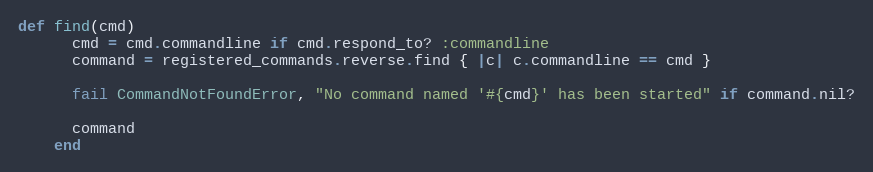
Language: Ruby
def find(cmd)
      cmd = cmd.commandline if cmd.respond_to? :commandline
      command = registered_commands.reverse.find { |c| c.commandline == cmd }

      fail CommandNotFoundError, "No command named '#{cmd}' has been started" if command.nil?

      command
    end